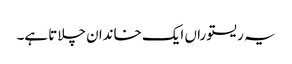
یہ ریستوراں ایک خاندان چلاتا ہے۔